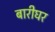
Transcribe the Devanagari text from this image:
बारीघर